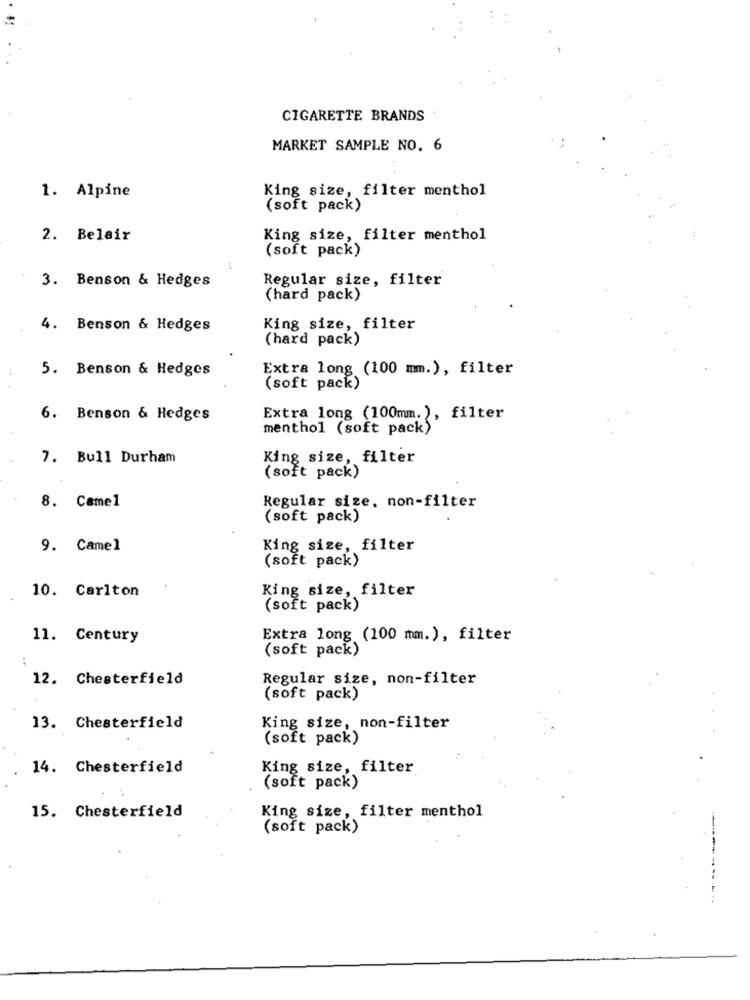
CIGARETTE BRANDS
MARKET SAMPLE NO. 6
King size, filter menthol
1. Alpine
(soft pack)
2. Belair
King size, filter menthol
(soft pack)
Regular size, filter
3. Benson & Hedges
(hard pack)
4. Benson & Hedges
King size, filter
(hard pack)
5. Benson & Hedges
Extra long (100 mm.), filter
(soft pack)
6. Benson & Hedges
Extra long (100mm.), filter
menthol (soft pack)
7. Bull Durham
King size, filter
(soft pack)
8. Camel
Regular size, non-filter
(soft pack)
9. Camel
King size, filter
(soft pack)
10. Carlton
King size, filter
(soft pack)
11. Century
Extra long (100 mm.), filter
(soft pack)
12. Chesterfield
Regular size, non-filter
(soft pack)
13. Chesterfield
King size, non-filter
(soft pack)
14. Chesterfield
King size, filter
(soft pack)
15. Chesterfield
King size, filter menthol
(soft pack)
--.